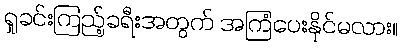
ရှုခင်းကြည့်ခရီးအတွက် အကြံပေးနိုင်မလား။